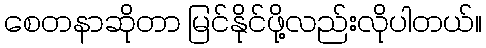
စေတနာဆိုတာ မြင်နိုင်ဖို့လည်းလိုပါတယ်။